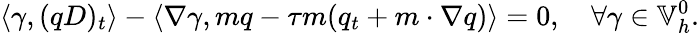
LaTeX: \left\langle\gamma,(qD)_{t}\right\rangle-\left\langle\nabla\gamma,mq-\tau m(q_{t}+m\cdot\nabla q)\right\rangle=0,\quad\forall\gamma\in\mathbb{V}_{h}^{0}.